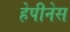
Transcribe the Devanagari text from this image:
हेपीनेस